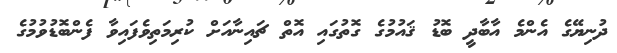
ދުނިޔޭގެ އެންމެ އާބާދީ ބޮޑު ޤައުމުގެ ގޮތުގައި އޮތް ޗައިނާއަށް ކުރިމަތިވެފައިވާ ފެންބޮޑުވުމުގެ